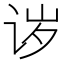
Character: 𬣪